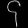
Digit: ၄